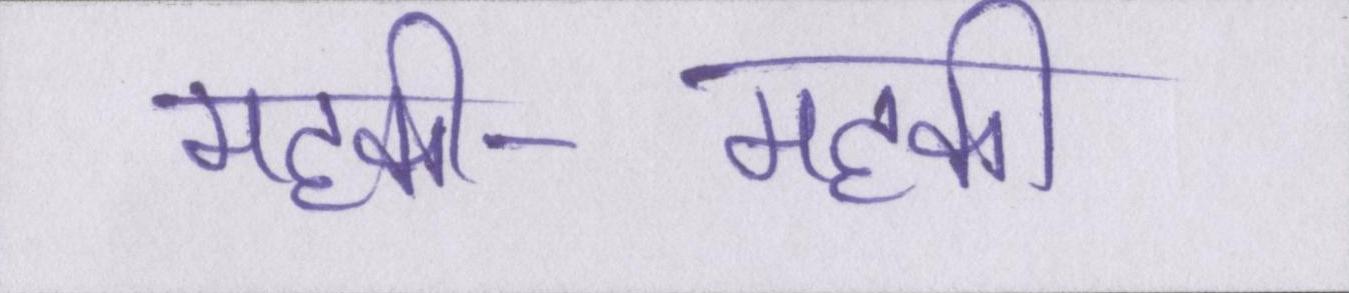
महकी-महकी